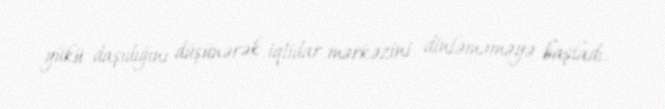
yükü daşıdığını düşünərək iqtidar mərkəzini dinləməməyə başladı.